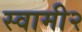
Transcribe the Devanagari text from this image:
स्वामी२